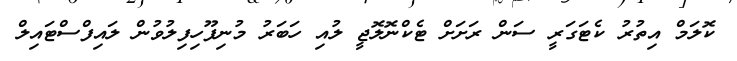
ކޮލަމް އިތުރު ކެޓަގަރީ ސަން ރަށަށް ޓެކްނޮލޮޖީ ލުއި ހަބަރު މުނިފޫހިފިލުވުން ލައިފްސްޓައިލް